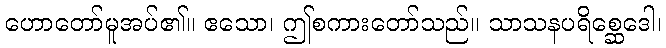
ဟောတော်မူအပ်၏။ ဧသော၊ ဤစကားတော်သည်။ သာသနပရိစ္ဆေဒေါ၊